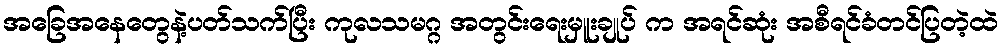
အခြေအနေတွေနဲ့ပတ်သက်ပြီး ကုလသမဂ္ဂ အတွင်းရေးမှူးချုပ် က အရင်ဆုံး အစီရင်ခံတင်ပြတဲ့ထဲ